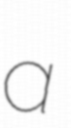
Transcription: a